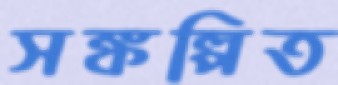
সঙ্কল্পিত